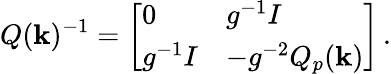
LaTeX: Q(\mathbf k)^{-1}=\left[\begin{array}{ll}{0}&{g^{-1}I}\\ {g^{-1}I}&{-g^{-2}Q_{p}(\mathbf k)}\end{array}\right]\, .